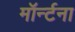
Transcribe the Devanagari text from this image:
मॉर्न्टना